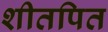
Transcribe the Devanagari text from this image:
शीतपित